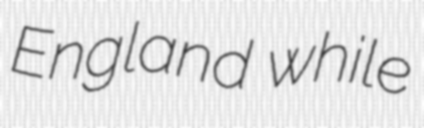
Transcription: England while